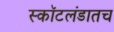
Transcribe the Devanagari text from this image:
स्कॉटलंडातच